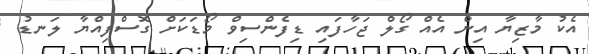
އެކު މާޒިޔާ އިން އެއް ގޯލް ޖަހާފައި ޑިފެންސިވް މޯޑަކަށް ގޮސްފިއްޔާ ލަނޑު